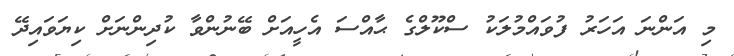
މި އަންނަ އަހަރު ފުވައްމުލަކު ސްކޫލްގެ ޙާއްސަ އެހީއަށް ބޭނުންވާ ކުދިންނަށް ކިޔަވައިދޭ